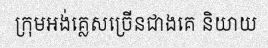
ក្រុមអង់គ្លេសច្រើនជាងគេ និយាយ